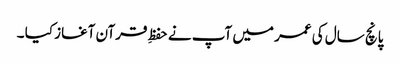
پانچ سال کی عمر میں آپ نے حفظِ قرآن آغاز کیا ۔